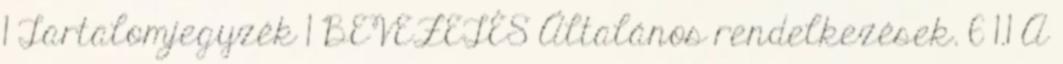
1 Tartalomjegyzék 1 BEVEZETÉS Általános rendelkezések. 6 1.1 A